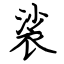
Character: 裟